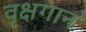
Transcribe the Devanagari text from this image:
वृक्षगान